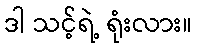
ဒါ သင့်ရဲ့ ရုံးလား။